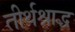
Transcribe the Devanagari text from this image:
तीर्थश्राद्ध